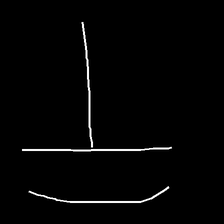
Glyph: dispersion